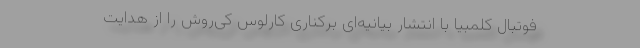
فوتبال کلمبیا با انتشار بیانیه‌ای برکناری کارلوس کی‌روش را از هدایت